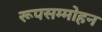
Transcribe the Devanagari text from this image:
रूपसम्मोहन